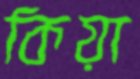
কিয়া